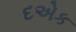
દએક